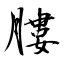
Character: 膢